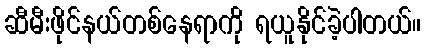
ဆီမီးဖိုင်နယ်တစ်နေရာကို ရယူနိုင်ခဲ့ပါတယ်။